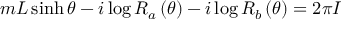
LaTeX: m L \sinh \theta - i \log R _ { a } \left( \theta \right) - i \log R _ { b } \left( \theta \right) = 2 \pi I